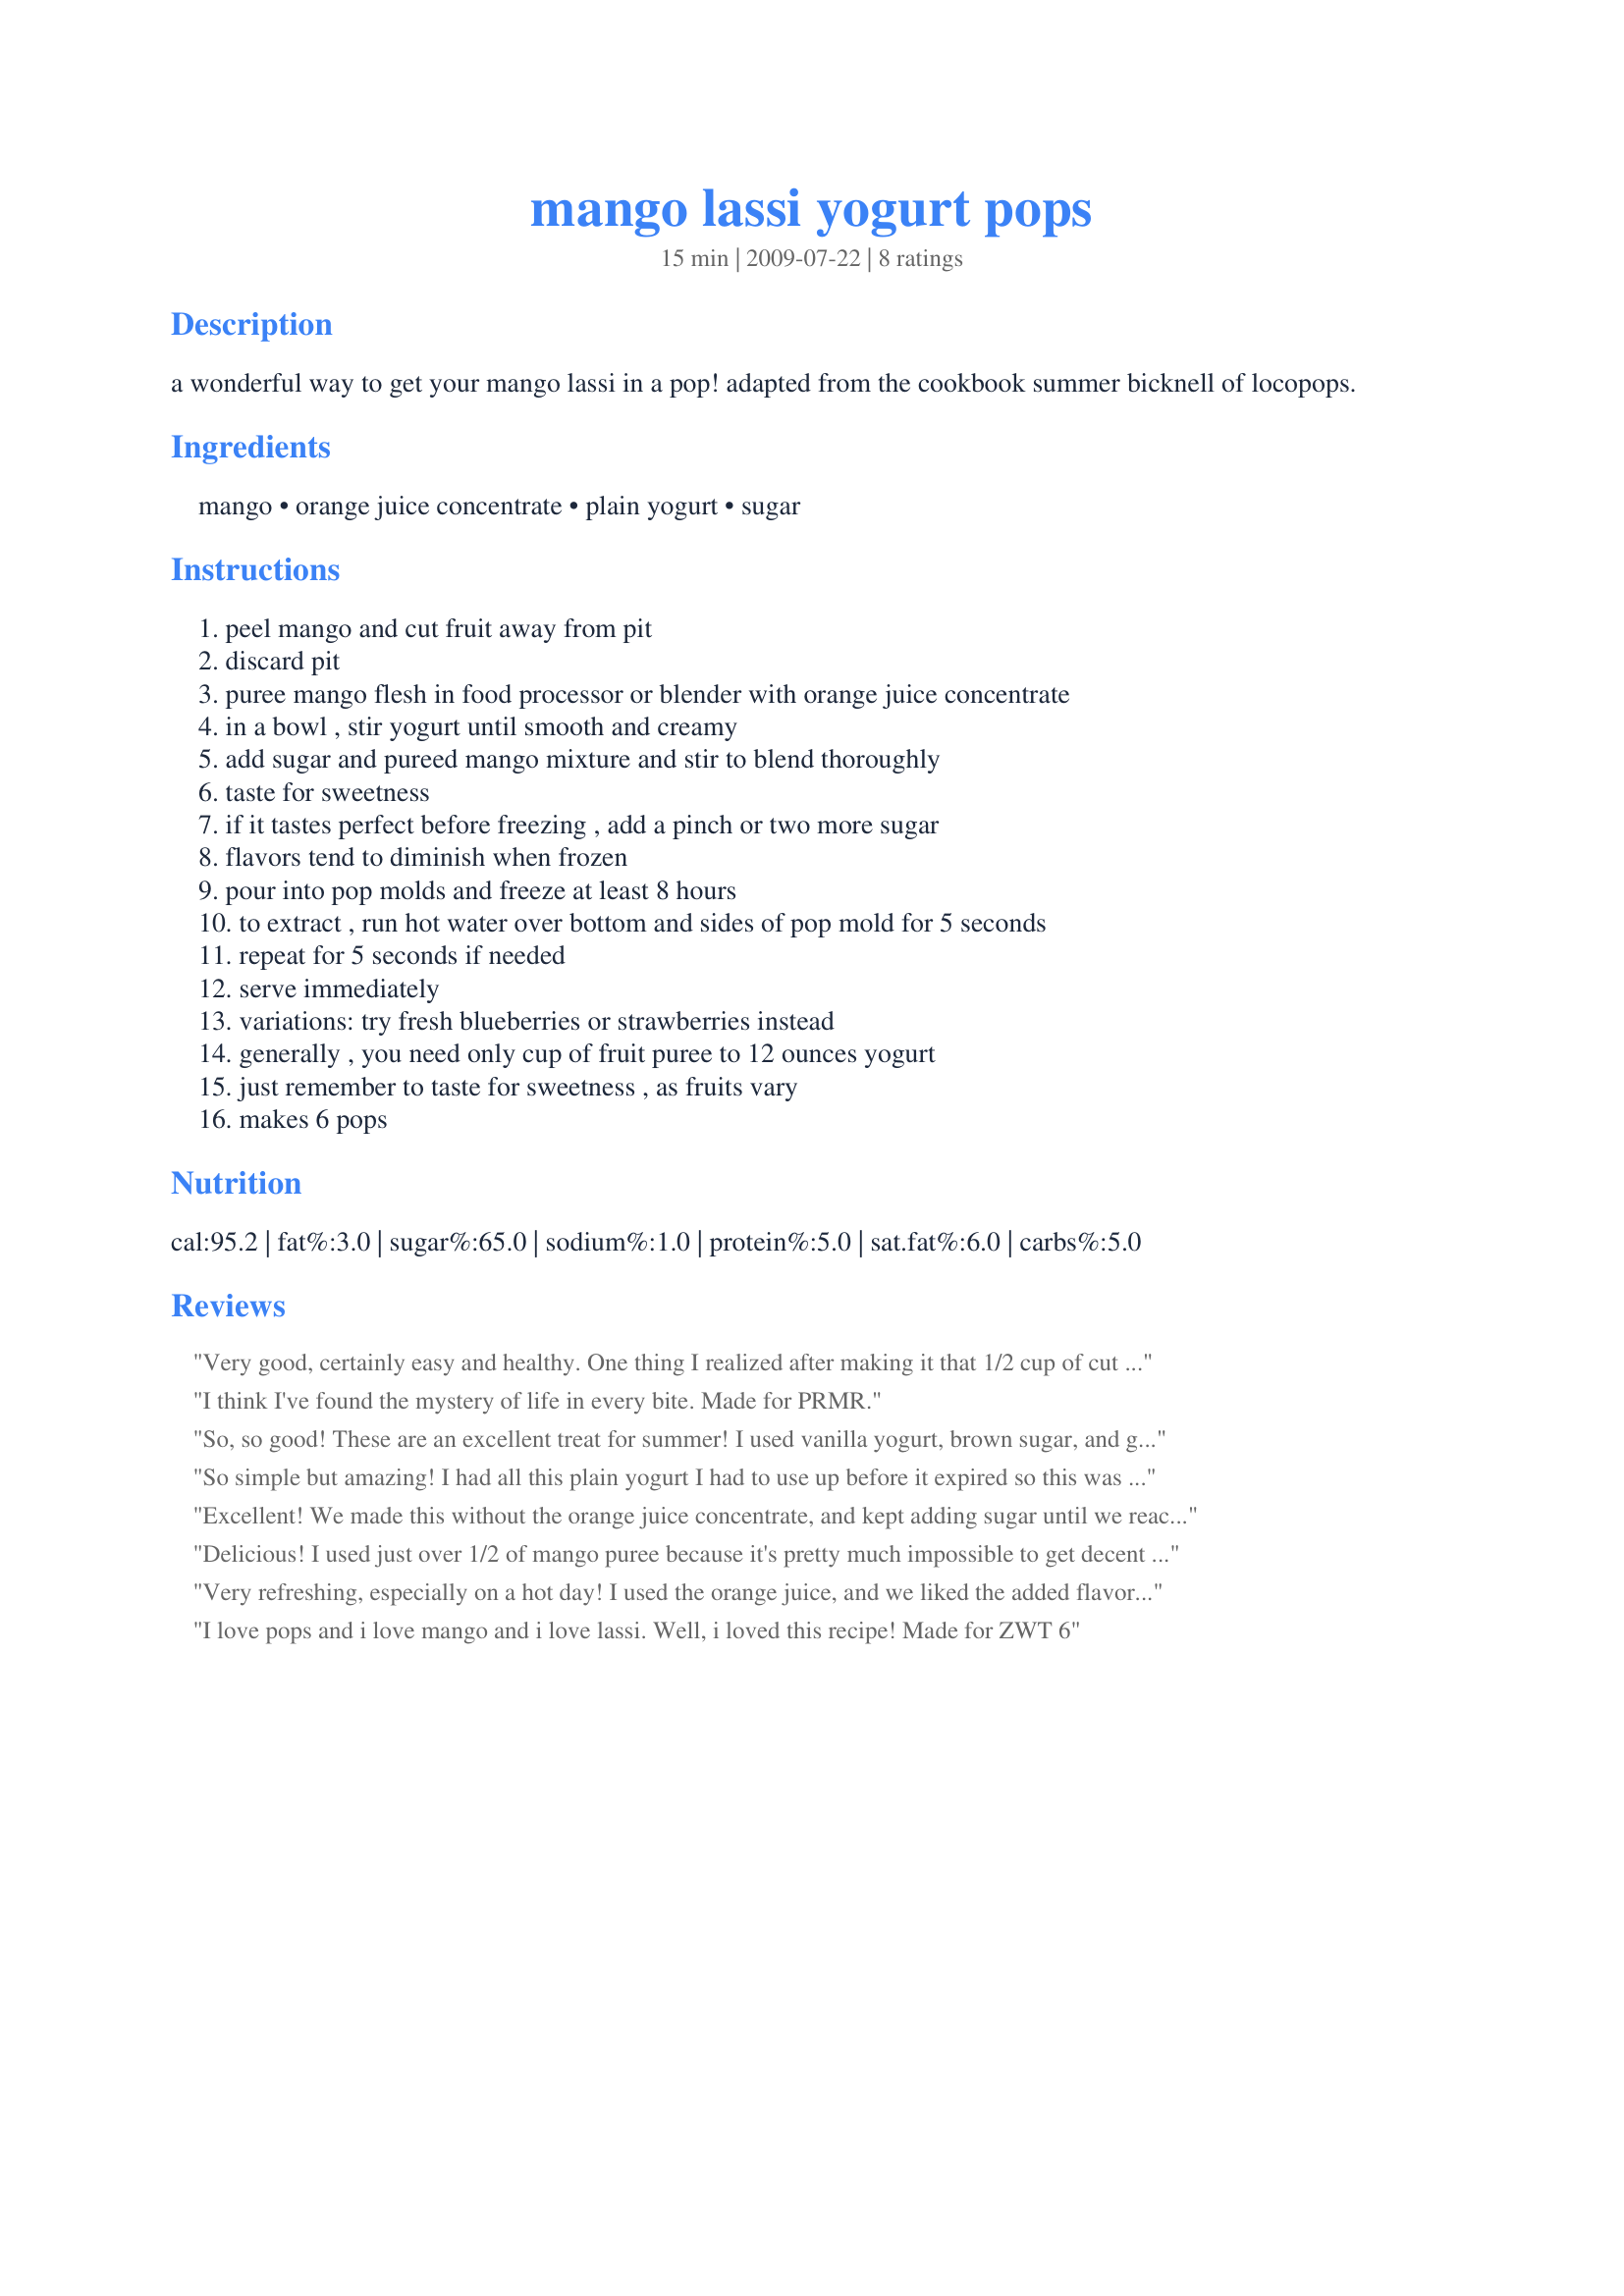
mango lassi yogurt pops
Preparation time: 15 minutes

a wonderful way to get your mango lassi in a pop! adapted from the cookbook summer bicknell of locopops.

Ingredients:
mango, orange juice concentrate, plain yogurt, sugar

Steps:
peel mango and cut fruit away from pit, discard pit, puree mango flesh in food processor or blender with orange juice concentrate, in a bowl , stir yogurt until smooth and creamy, add sugar and pureed mango mixture and stir to blend thoroughly, taste for sweetness, if it tastes perfect before freezing , add a pinch or two more sugar, flavors tend to diminish when frozen, pour into pop molds and freeze at least 8 hours, to extract , run hot water over bottom and sides of pop mold for 5 seconds, repeat for 5 seconds if needed, serve immediately, variations: try fresh blueberries or strawberries instead, generally , you need only cup of fruit puree to 12 ounces yogurt, just remember to taste for sweetness , as fruits vary, makes 6 pops

Reviews:
Very good, certainly easy and healthy. One thing I realized after making it that 1/2 cup of cut up mango is not the same as 1/2 cup of fruit pureed. Alas I erred yet again. Next time I will measure the pureed fruit. I used 1 tablespoon of sugar. We had this with Recipe#369451 and recipe#347795 for ZWT#6. Thanks Sharon for sharing.
I think I've found the mystery of life in every bite. Made for PRMR.
So, so good! These are an excellent treat for summer! I used vanilla yogurt, brown sugar, and guava, passion fruit, orange concentrate. I'm going to come back to this recipe once it's mid-summer. Thanks Sharon! Made for ZWT6 LOONEY SPOON PHOODIES! :D
So simple but amazing! I had all this plain yogurt I had to use up before it expired so this was perfect. I used a whole 12-oz package of Nature's Promise frozen mango that I thawed out overnight, it was just perfect. I threw in a tablespoon of sugar too. I froze most of it but couldn't resist pouring a cup of two of the fresh mixture... and it tasted just like the mango lassis they serve at the Jackson Diner! A perfect summer treat (even though it's almost Christmas.) Definitely will make over and over again. Made as a VIP recipenap for Veggie Swap 17.
Excellent! We made this without the orange juice concentrate, and kept adding sugar until we reached 5 teaspoons. The sweetness of the pops was just right. Thanks for the awesome recipe and detailed instructions!
Delicious! I used just over 1/2 of mango puree because it's pretty much impossible to get decent fresh mangoes where I live, but otherwise followed the recipe exactly. The texture was creamier than most popsicle recipes I've made before, which was very nice.
Very refreshing, especially on a hot day! I used the orange juice, and we liked the added flavor. Thanks for sharing! ZWT6
I love pops and i love mango and i love lassi. Well, i loved this recipe!
Made for ZWT 6
